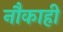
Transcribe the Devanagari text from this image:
नौकाही